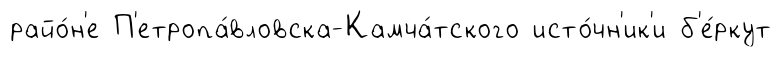
райо́н'е П'етропа́вловска-Камча́тского исто́чн'ик'и б'е́ркут